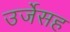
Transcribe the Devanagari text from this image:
उर्जेसह